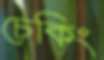
চেকিং